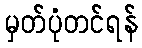
မှတ်ပုံတင်ရန်